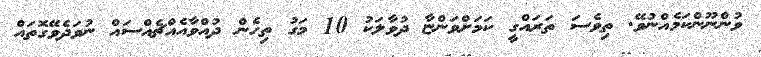
ވުންނޫންކަމެއްނުވޭ. ތިވެސަ ތަރައްގީ ކަމަށްވަންޏާ ދުވާލަކު 10 މަގު ތިހެން ދުއްވާއެެއްޗެއްސައް ނުވަދެވޭގޮތައް